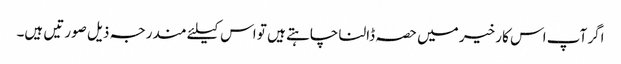
اگر آپ اس کار خیر میں حصہ ڈالنا چاہتے ہیں تو اس کیلئے مندرجہ ذیل صورتیں ہیں۔